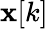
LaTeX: \mathbf{x}[k]